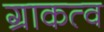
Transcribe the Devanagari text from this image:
ग्राकत्व